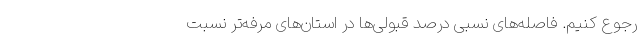
رجوع کنیم. فاصله‌های نسبی درصد قبولی‌ها در استان‌های مرفه‌تر نسبت